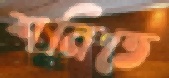
শনিতে